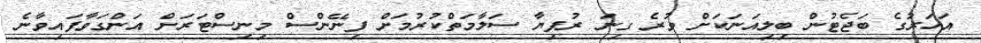
އަހަރުގެ ބަޖެޓުން ބިލިއަނަކަށް ވުރެ ގިނަ ރުފިޔާ ސަލާމަތްކުރުމަށް ފިނޭންސް މިނިސްޓަރަށް އަންގަވާފައިވާނެ